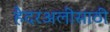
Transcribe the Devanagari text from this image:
हैदरअलीसाठी